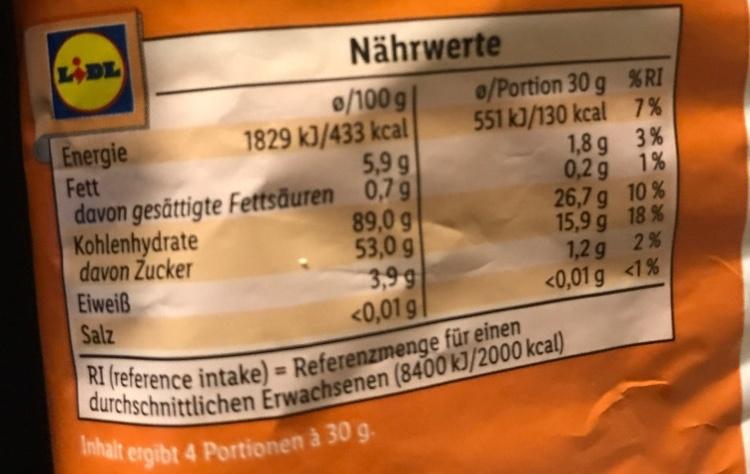
LIDL
Nährwerte
o/100 g| 1829 kJ/433 kcal 5,9 g davon gesttigte Fettsäuren 0,79 89,0 g 53,0 g 3,9 9 <0,01 g|
o/Portion 30 g % RI 551 kJ/130 kcal 7% 1,8 g 3% 0,2g 1% 26,7g 10 % 15,9 g 18 % 1,2g 2 % <0,01 g <1%
Energie Fett
Kohlenhydrate
davon Zucker Eiweiß Salz
RI (reference intake) = Referenzmenge für einen durchschnittlichen Erwachsenen (8400 kJ/2000 kcal) Inhalt ergibt 4 Portionen à 30 g.